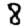
Digit: 8